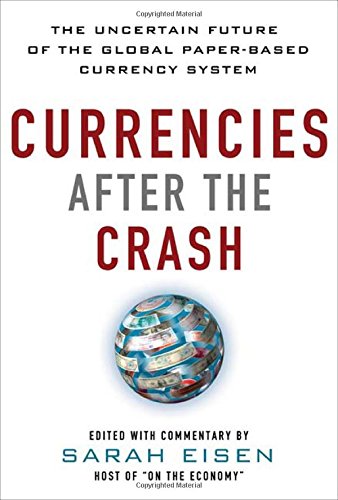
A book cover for Currencies After the Crash:  The Uncertain Future of the Global Paper-Based Currency System; Sara Eisen; Business & Money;